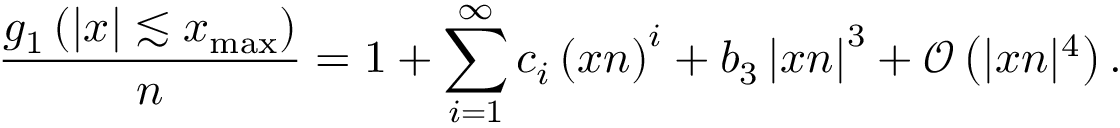
\frac { g _ { 1 } \left( | x | \lesssim x _ { \mathrm { m a x } } \right) } { n } = 1 + \sum _ { i = 1 } ^ { \infty } c _ { i } \left( x n \right) ^ { i } + b _ { 3 } \left| x n \right| ^ { 3 } + \mathcal { O } \left( | x n | ^ { 4 } \right) .